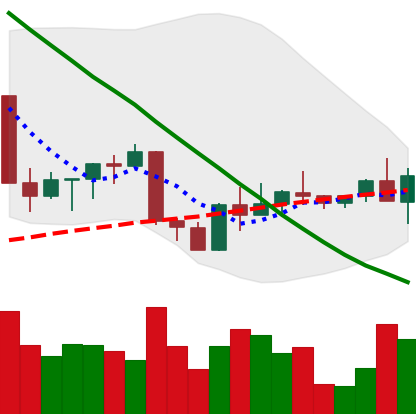
Ticker: ETH-USD
Chart end date: 2022-09-07
Forward return: 5.145%
Label: up_5_7